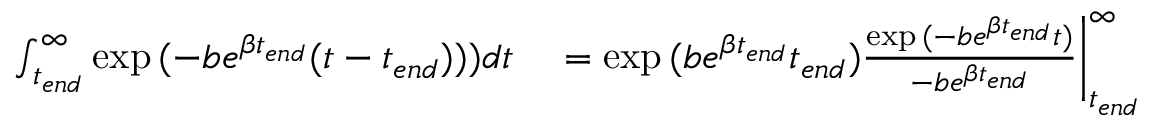
\begin{array} { r l } { \int _ { t _ { e n d } } ^ { \infty } \exp { ( - b e ^ { \beta t _ { e n d } } ( t - t _ { e n d } ) ) ) } d t } & { { } = \exp { ( b e ^ { \beta t _ { e n d } } t _ { e n d } ) } \frac { \exp { ( - b e ^ { \beta t _ { e n d } } t ) } } { - b e ^ { \beta t _ { e n d } } } \bigg | _ { t _ { e n d } } ^ { \infty } } \end{array}